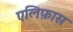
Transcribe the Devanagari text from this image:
एलिफ़ास